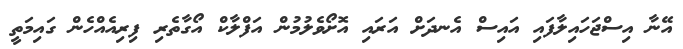
އޭނާ އިސްޖަހައިލާފައި އައިސް އެނދަށް އަރައި އޮށޯވެލުމުން އަފްލާކް އޯގާތެރި ފިރިއެއްހެން ގައިމަތީ